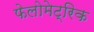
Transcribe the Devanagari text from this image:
फेलोमेट्रिक